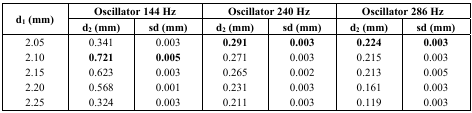
<table><thead><tr><td rowspan="3"><b>d<sub>1</sub> (mm)</b></td><td colspan="2"><b>Oscillator 144 Hz</b></td><td colspan="2"><b>Oscillator 240 Hz</b></td><td colspan="2"><b>Oscillator 286 Hz</b></td></tr><tr><td><b>d<sub>2</sub> (mm)</b></td><td><b>sd (mm)</b></td><td><b>d<sub>2</sub> (mm)</b></td><td><b>sd (mm)</b></td><td><b>d<sub>2</sub> (mm)</b></td><td><b>sd (mm)</b></td></tr></thead><tbody><tr><td>2.05</td><td>0.341</td><td>0.003</td><td><b>0.291</b></td><td><b>0.003</b></td><td><b>0.224</b></td><td><b>0.003</b></td></tr><tr><td>2.10</td><td><b>0.721</b></td><td><b>0.005</b></td><td>0.271</td><td>0.003</td><td>0.215</td><td>0.003</td></tr><tr><td>2.15</td><td>0.623</td><td>0.003</td><td>0.265</td><td>0.002</td><td>0.213</td><td>0.005</td></tr><tr><td>2.20</td><td>0.568</td><td>0.001</td><td>0.231</td><td>0.003</td><td>0.161</td><td>0.003</td></tr><tr><td>2.25</td><td>0.324</td><td>0.003</td><td>0.211</td><td>0.003</td><td>0.119</td><td>0.003</td></tr></tbody></table>